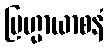
ဗြဟ္မာယာစနံ